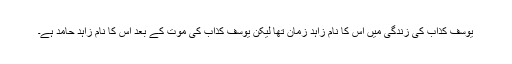
یوسف کذاب کی زندگی میں اس کا نام زاہد زمان تھا لیکن یوسف کذاب کی موت کے بعد اس کا نام زاہد حامد ہے۔